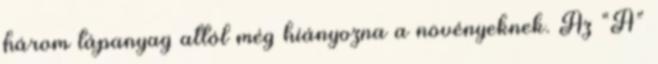
három tápanyag attól még hiányozna a növényeknek. Az “A”